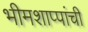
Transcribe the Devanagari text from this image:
भीमशाप्पांची